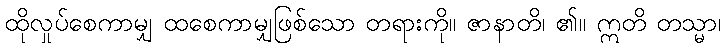
ထိုလှုပ်စေကာမျှ ထစေကာမျှဖြစ်သော တရားကို။ ဇာနာတိ၊ ၏။ ဣတိ တသ္မာ၊